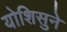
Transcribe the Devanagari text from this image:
योशिसुने